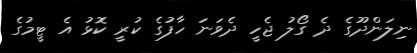
ނިލަންދޫގެ ދެ ގޯލު ޖެހީ ދެވަނަ ހާފުގެ ކުރީ ކޮޅު އެ ޓީމުގެ